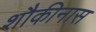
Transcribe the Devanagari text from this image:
शौकीनास